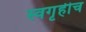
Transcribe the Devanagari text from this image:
स्वगृहीच